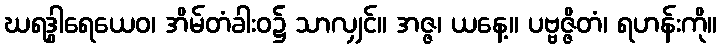
ဃရဒွါရေယေဝ၊ အိမ်တံခါးဝ၌ သာလျှင်။ အဇ္ဇ၊ ယနေ့။ ပဗ္ဗဇ္ဇိတံ၊ ရဟန်းကို။